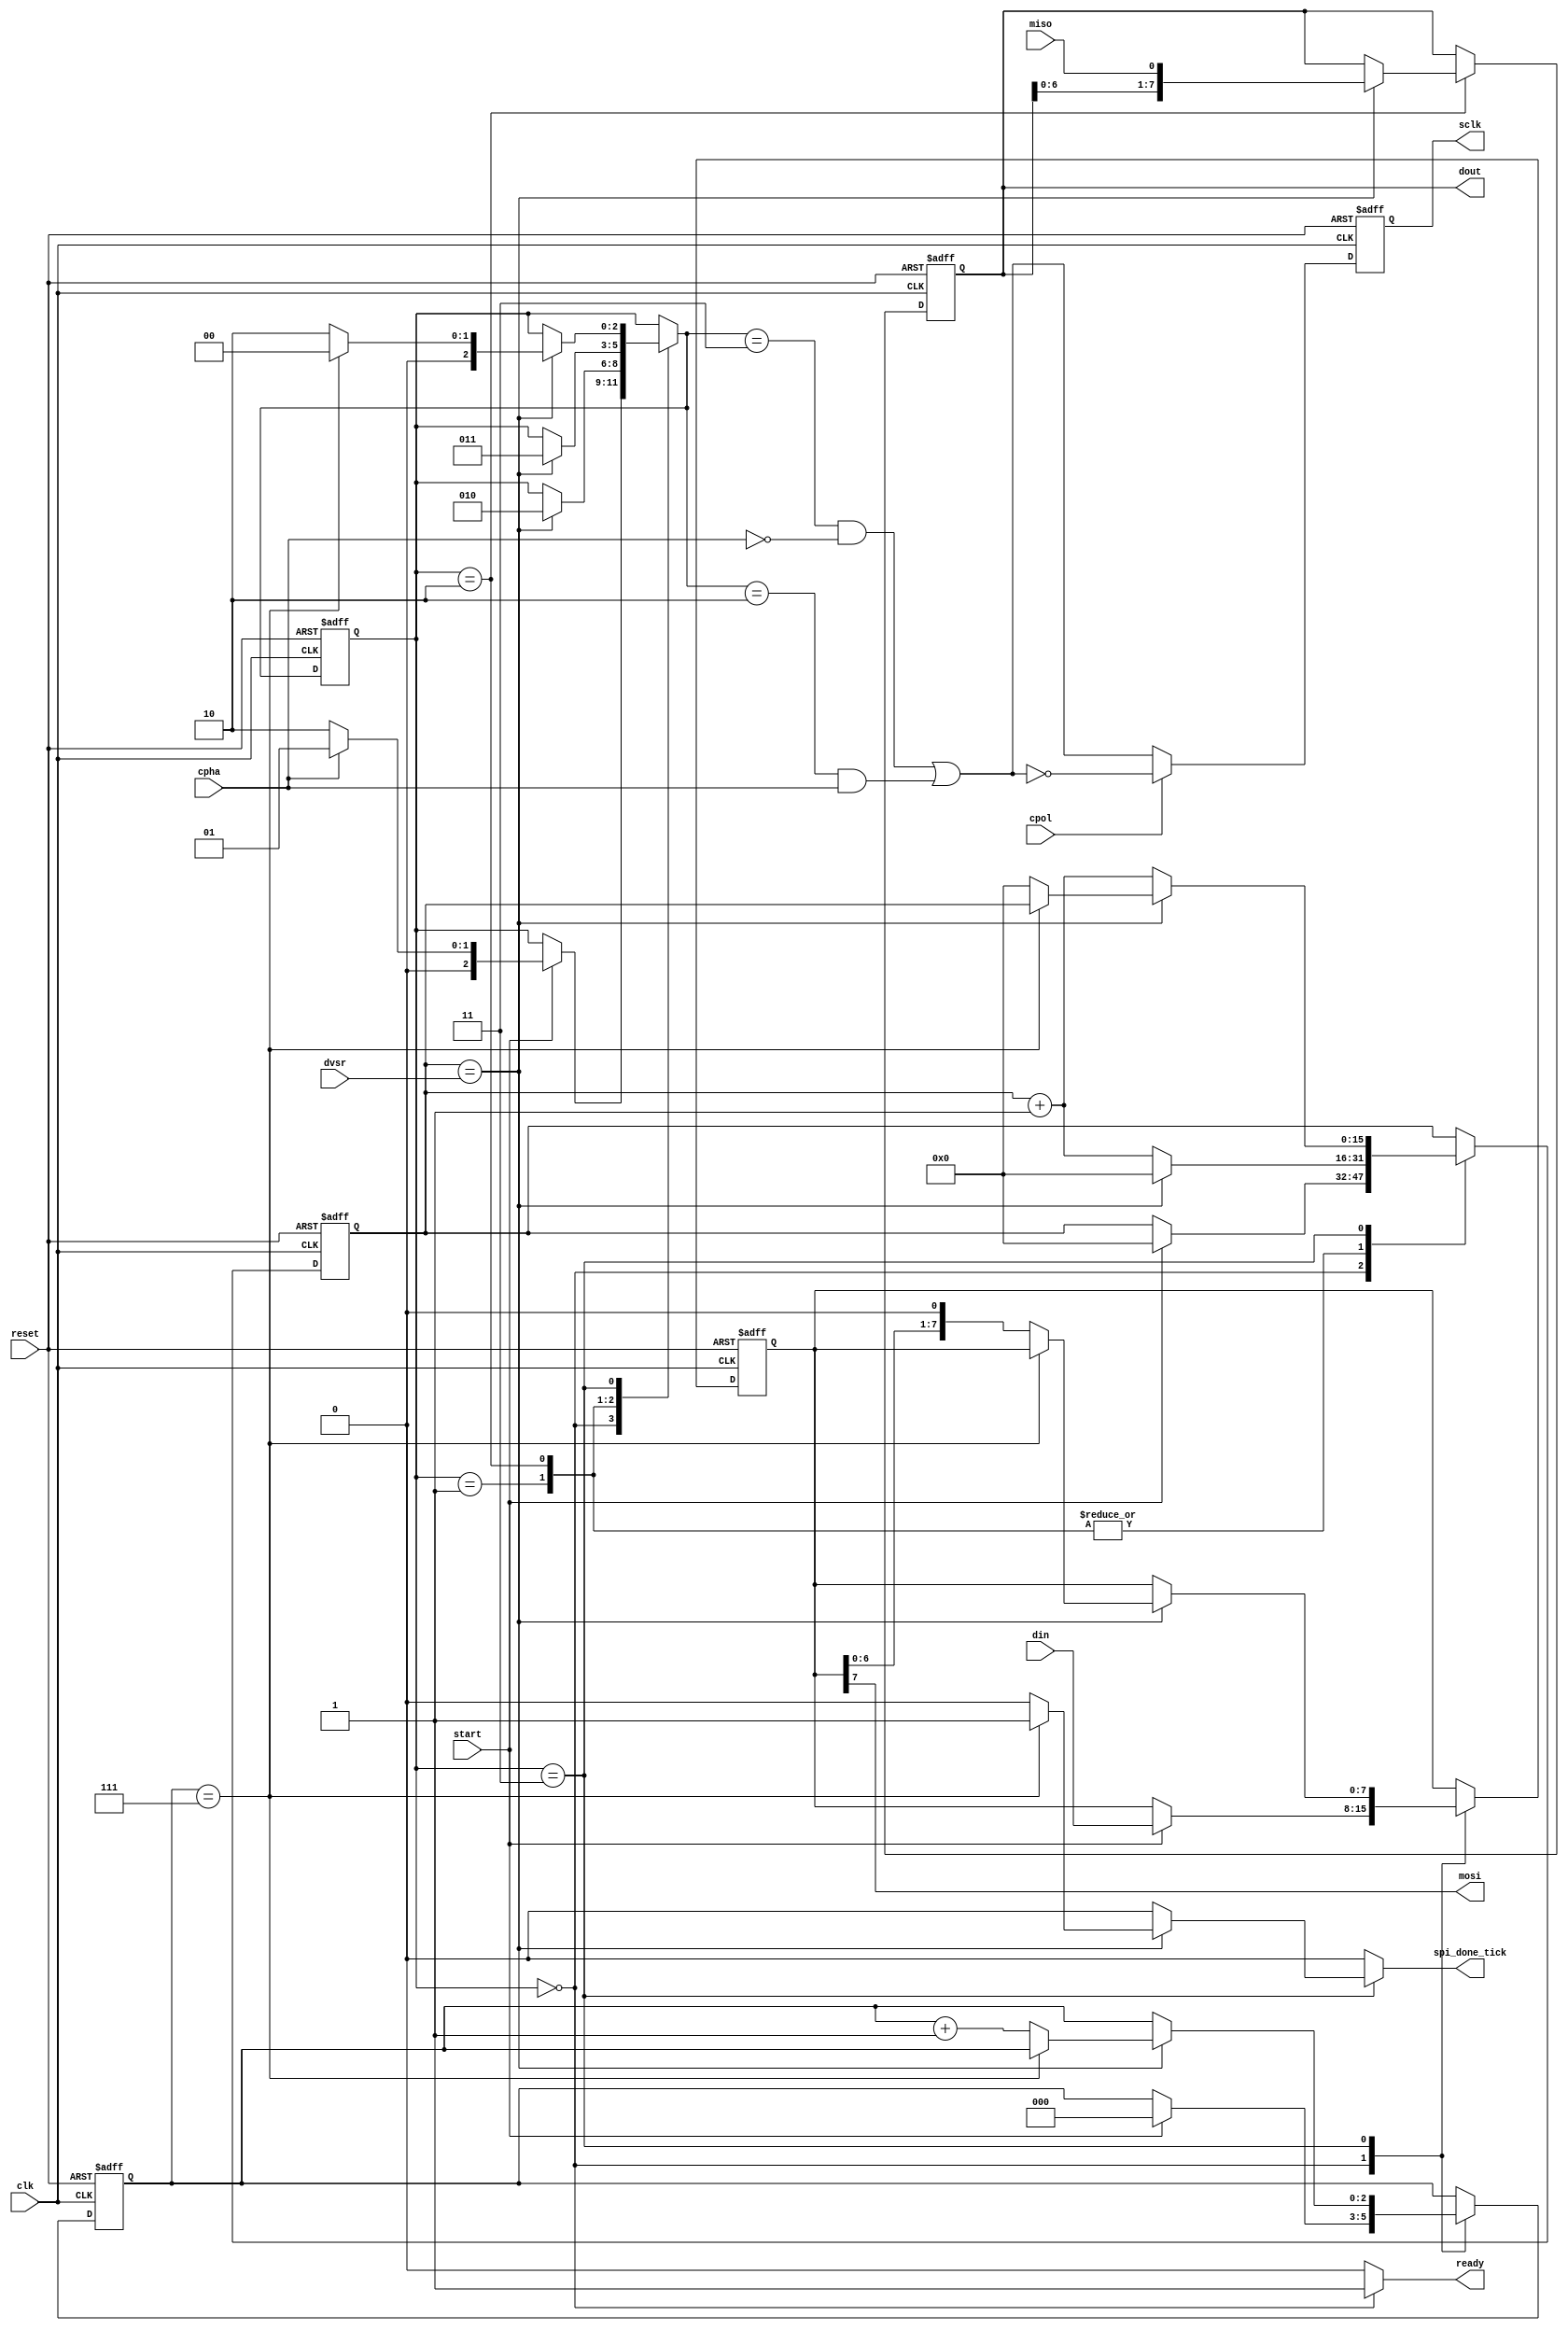



module spi_main (
   input   clk, reset,
   input   [7:0] din,
   input   [15:0] dvsr,  // 0.5*(# clk in SCK period) 
   input   start, cpol, cpha,
   output  [7:0] dout,
   output  spi_done_tick, ready,
   output  sclk,
   input   miso,
   output  mosi
   );

   
   localparam idle=0, cpha_delay=1, p0=2, p1=3;

   
   reg [2:0] state_reg, state_next;
   wire p_clk;
   reg [15:0] c_reg, c_next;
   reg spi_clk_reg, ready_i, spi_done_tick_i;
   wire spi_clk_next;
   reg [2:0] n_reg, n_next;
   reg [7:0] si_reg, si_next;
   reg [7:0] so_reg, so_next;
   

   always @(posedge clk, posedge reset)
	begin
      if (reset) begin
         state_reg <= idle;
         si_reg <= 0;
         so_reg <= 0;
         n_reg <= 0;
         c_reg <= 0;
         spi_clk_reg <= 0;
      end
      else begin
         state_reg <= state_next;
         si_reg <= si_next;
         so_reg <= so_next;
         n_reg <= n_next;
         c_reg <=c_next;
         spi_clk_reg <= spi_clk_next;
      end
	end  
   // next-state logic
   always @(*)
   begin
      state_next = state_reg;  
      ready_i = 0;
      spi_done_tick_i = 0;
      si_next = si_reg;
      so_next = so_reg;
      n_next = n_reg;
      c_next = c_reg;  
      case (state_reg)
         idle: begin
            ready_i = 1;
            if (start) begin
               so_next = din;
               n_next = 0;
               c_next = 0;
               if (cpha)  
                  state_next = cpha_delay;
               else 
                  state_next = p0;                 
            end
         end   
         cpha_delay: begin      
            if (c_reg==dvsr) begin  
               state_next = p0;
               c_next = 0;
           end
           else
               c_next = c_reg + 1;
         end  
         p0: begin     
            if (c_reg==dvsr) begin  // sclk 0-to-1
               state_next = p1;
               si_next = {si_reg[6:0], miso}; 
               c_next = 0;
            end
            else
               c_next = c_reg + 1;  
         end
         p1: begin
            if (c_reg==dvsr)       // sclk 1-to-0
               if (n_reg==7) begin
                  spi_done_tick_i = 1;
                  state_next = idle;
               end
               else begin     
                  so_next = {so_reg[6:0], 1'b0};  
                  state_next = p0;
                  n_next = n_reg + 1;
                  c_next = 0;
               end 
            else
               c_next = c_reg + 1;  
        end   
      endcase
   end
   assign ready = ready_i;
   assign spi_done_tick = spi_done_tick_i;


   assign p_clk = (state_next== p1 && ~cpha) || (state_next==p0 && cpha);
   
   assign spi_clk_next = (cpol) ? ~p_clk : p_clk;
   // output
   assign dout = si_reg;
   assign mosi = so_reg[7];
   assign sclk = spi_clk_reg;
endmodule